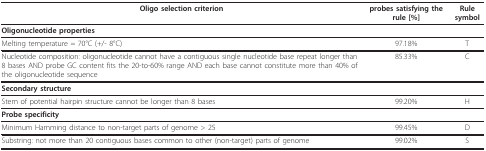
| Oligo selection criterion | probes satisfying the rule [%] | Rule symbol |
 | --- | --- | --- |
 | <COLSPAN=3> Oligonucleotide properties |
 | Melting temperature = 70°C (+/- 8°C) | 97.18% | T |
 | Nucleotide composition: oligonucleotide cannot have a contiguous single nucleotide base repeat longer than 8 bases AND probe GC content fits the 20-to-60% range AND each base cannot constitute more than 40% of the oligonucleotide sequence | 85.33% | C |
 | <COLSPAN=3> Secondary structure |
 | Stem of potential hairpin structure cannot be longer than 8 bases | 99.20% | H |
 | <COLSPAN=3> Probe specificity |
 | Minimum Hamming distance to non-target parts of genome > 25 | 99.45% | D |
 | Substring: not more than 20 contiguous bases common to other (non-target) parts of genome | 99.02% | S |